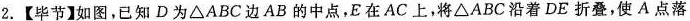
2.【毕节】如图，已知 D 为 △ A B C 边 A B 的中点，E 在 A C 上，将 △ A B C 沿着 D E 折叠，使 A 点落